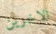
الاخرين